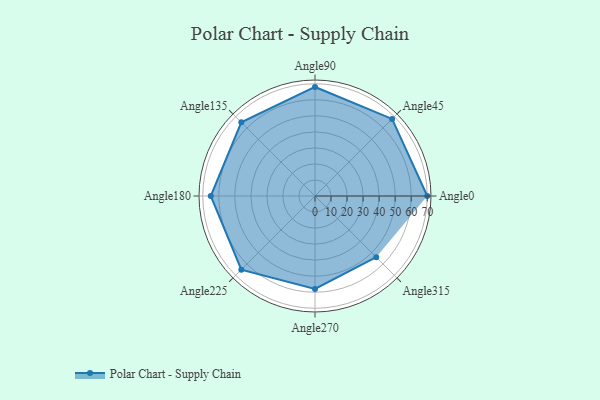
{"axis": {"x": "Angle", "y": "Radius"}, "legend": [""], "data": [{"x": "Angle0", "y": 70.0, "type": ""}, {"x": "Angle45", "y": 68.0, "type": ""}, {"x": "Angle90", "y": 68.0, "type": ""}, {"x": "Angle135", "y": 65.0, "type": ""}, {"x": "Angle180", "y": 65.0, "type": ""}, {"x": "Angle225", "y": 65.0, "type": ""}, {"x": "Angle270", "y": 58.0, "type": ""}, {"x": "Angle315", "y": 54.0, "type": ""}]}